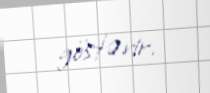
göstərir.